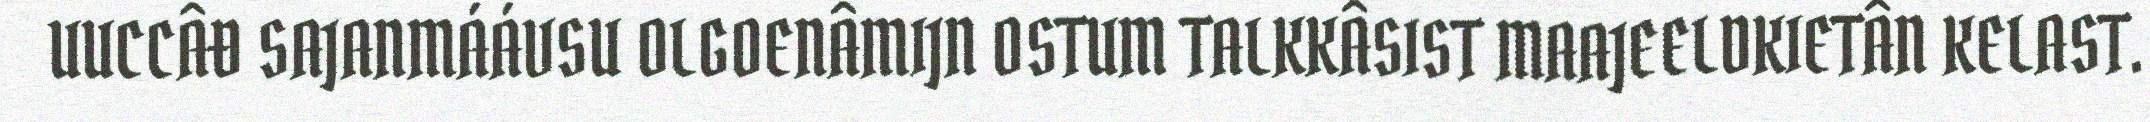
UUCCÂĐ SAJANMÁÁVSU OLGOENÂMIJN OSTUM TALKKÂSIST MAAJEELDKIETÂN KELAST.